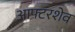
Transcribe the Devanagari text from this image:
आफ्टरशेव